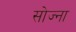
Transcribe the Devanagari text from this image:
सोज्ना